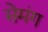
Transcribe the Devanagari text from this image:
सेमंग